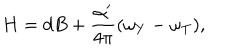
H = d B + \frac { \alpha ^ { \prime } } { 4 \pi } ( \omega _ { Y } - \omega _ { T } ) ,